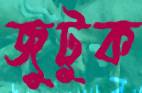
জুটুক